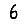
Digit: 6